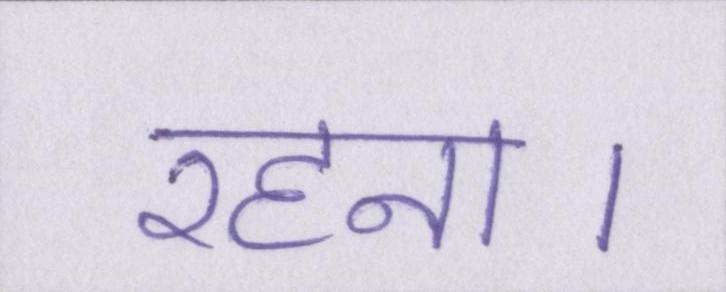
रहना।